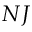
N J